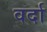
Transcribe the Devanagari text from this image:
वर्दा